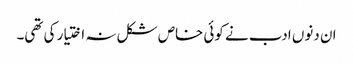
ان دنوں ادب نے کوئی خاص شکل نہ اختیار کی تھی۔